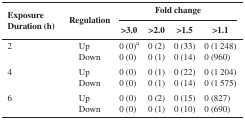
<table><thead><tr><td rowspan="2"><b>Exposure Duration (h)</b></td><td rowspan="2"><b>Regulation</b></td><td colspan="4"><b>Fold change</b></td></tr><tr><td><b>&gt;3.0</b></td><td><b>&gt;2.0</b></td><td><b>&gt;1.5</b></td><td><b>&gt;1.1</b></td></tr></thead><tbody><tr><td rowspan="2">2</td><td>Up</td><td>0 (0)<sup>a</sup></td><td>0 (2)</td><td>0 (33)</td><td>0 (1 248)</td></tr><tr><td>Down</td><td>0 (0)</td><td>0 (1)</td><td>0 (14)</td><td>0 (960)</td></tr><tr><td rowspan="2">4</td><td>Up</td><td>0 (0)</td><td>0 (1)</td><td>0 (22)</td><td>0 (1 204)</td></tr><tr><td>Down</td><td>0 (0)</td><td>0 (1)</td><td>0 (14)</td><td>0 (1 575)</td></tr><tr><td rowspan="2">6</td><td>Up</td><td>0 (0)</td><td>0 (2)</td><td>0 (15)</td><td>0 (827)</td></tr><tr><td>Down</td><td>0 (0)</td><td>0 (1)</td><td>0 (10)</td><td>0 (690)</td></tr></tbody></table>